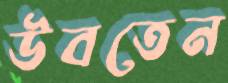
উবতেন